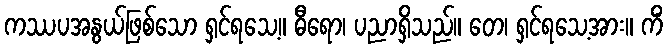
ကဿပအနွယ်ဖြစ်သော ရှင်ရသေ့။ ဓီရော၊ ပညာရှိသည်။ တေ၊ ရှင်ရသေ့အား။ ကိံ